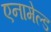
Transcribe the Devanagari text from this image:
एनामेल्ड